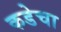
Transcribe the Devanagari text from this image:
कडेचा